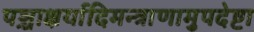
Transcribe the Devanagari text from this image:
पञ्चाक्षर्यादिमन्त्राणामुपदेष्टा